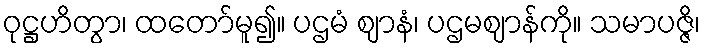
ဝုဋ္ဌဟိတွာ၊ ထတော်မူ၍။ ပဌမံ ဈာနံ၊ ပဌမဈာန်ကို။ သမာပဇ္ဇိ၊